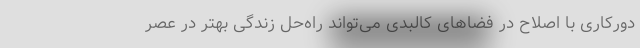
دورکاری با اصلاح در فضاهای کالبدی می‌تواند راه‌حل زندگی بهتر در عصر